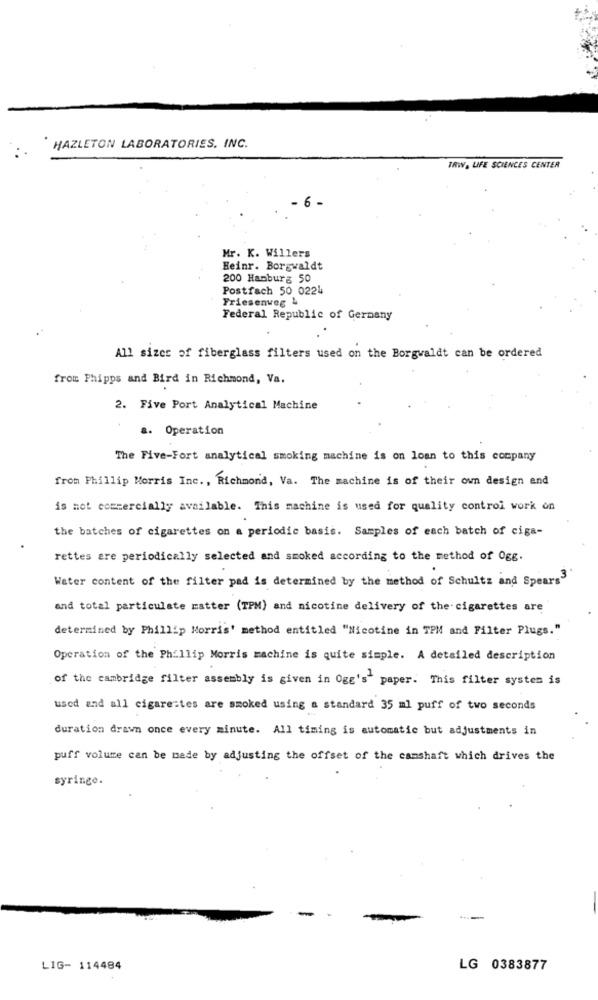
HAZLETON LABORATORIES, INC.
TRWY, LIFE SCIENCES CENTER
- 6 -
Mr. K. Willers
Heinr. Borgwaldt
200 Hamburg 50
Postfach 50 0224
Friesenveg &
Federal Republic of Germany
All sizce of fiberglass filters used on the Borgwaldt can be ordered
from Phipps and Bird in Richmond, Va.
2. Five Port Analytical Machine
.. Operation
The Five-Fort analytical smoking machine is on loan to this company
from Phillip Morris Inc ., Richmond, Va. The machine is of their own design end
is not commercially available. This machine is used for quality control work on
the batches of cigarettes on a periodic basis. Samples of each batch of ciga-
rettes are periodically selected and smoked according to the method of Ogg.
Water content of the filter pad is determined by the method of Schultz and Spears3
and total particulate matter (TPM) and nicotine delivery of the cigarettes are
determined by Phillip Morris' method entitled "Nicotine in TPM and Filter Plugs."
Operation of the Phillip Morris machine is quite simple. A detailed description
of the cambridge filter assembly is given in Ogg's" paper. This filter system is
used and all cigarettes are smoked using a standard 35 ml puff of two seconds
duration drawn once every minute. All timing is automatic but adjustments in
puff volume can be made by adjusting the offset of the camshaft which drives the
syringe.
LIG- 114484
LG 0383877